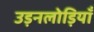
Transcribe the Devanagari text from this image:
उड़नलोड़ियाँ